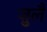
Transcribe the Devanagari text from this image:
ज़ुलै